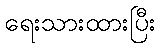
ရေးသားထားပြီး